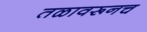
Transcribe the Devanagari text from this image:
तळावरूनच